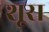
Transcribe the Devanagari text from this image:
शूस